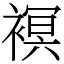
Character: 𧜀